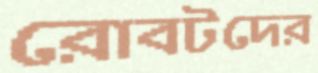
রোবটদের